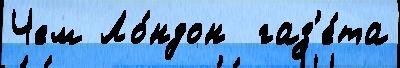
Чем Ло́ндон  газ'е́та